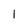
Character: l